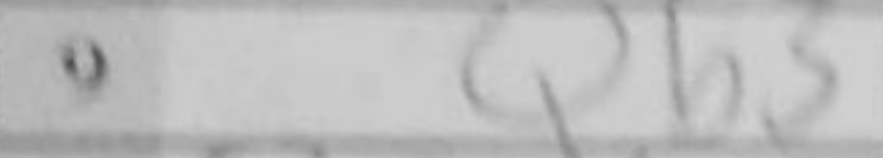
Transcription: Qb3